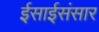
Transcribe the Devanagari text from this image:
ईसाईसंसार